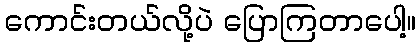
ကောင်းတယ်လို့ပဲ ပြောကြတာပေါ့။